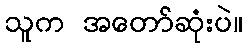
သူက အတော်ဆုံးပဲ။